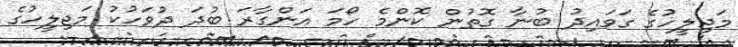
މަޖިލީހުގެ ގަވައިދު ބުނާ ގޮތުން ކޮންމެ ހޯމަ އަންގާރަ ބުދަ ދުވަހުކު މަޖިލީހުގެ